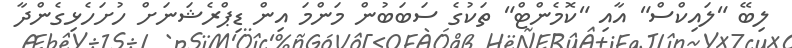
ލިބޭ "ލައިކްސް" އާއި "ކޮމެންޓް" ތަކުގެ ސަބަބުން މަންމަ އިން ޑިޕްރެޝަނަށް ހުށަހެޅިގެންދާ